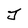
Character: J